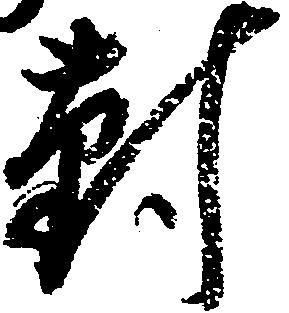
対